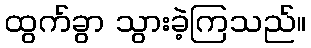
ထွက်ခွာ သွားခဲ့ကြသည်။